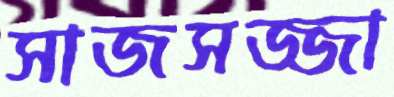
সাজসজ্জা